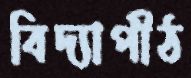
বিদ্যাপীঠ